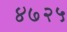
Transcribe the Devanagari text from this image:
४७२५